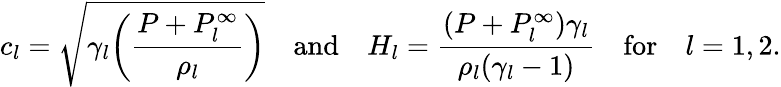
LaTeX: c_{l}=\sqrt{\gamma_{l}\bigg(\frac{P+P_{l}^{\infty}}{\rho_{l}}\bigg)}\quad\mathrm{and}\quad H_{l}=\frac{(P+P_{l}^{\infty})\gamma_{l}}{\rho_{l}(\gamma_{l}-1)}\quad\mathrm{for}\quad l=1,2.